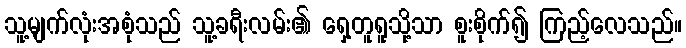
သူ့မျက်လုံးအစုံသည် သူ့ခရီးလမ်း၏ ရှေ့တူရူသို့သာ စူးစိုက်၍ ကြည့်လေသည်။